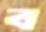
ব